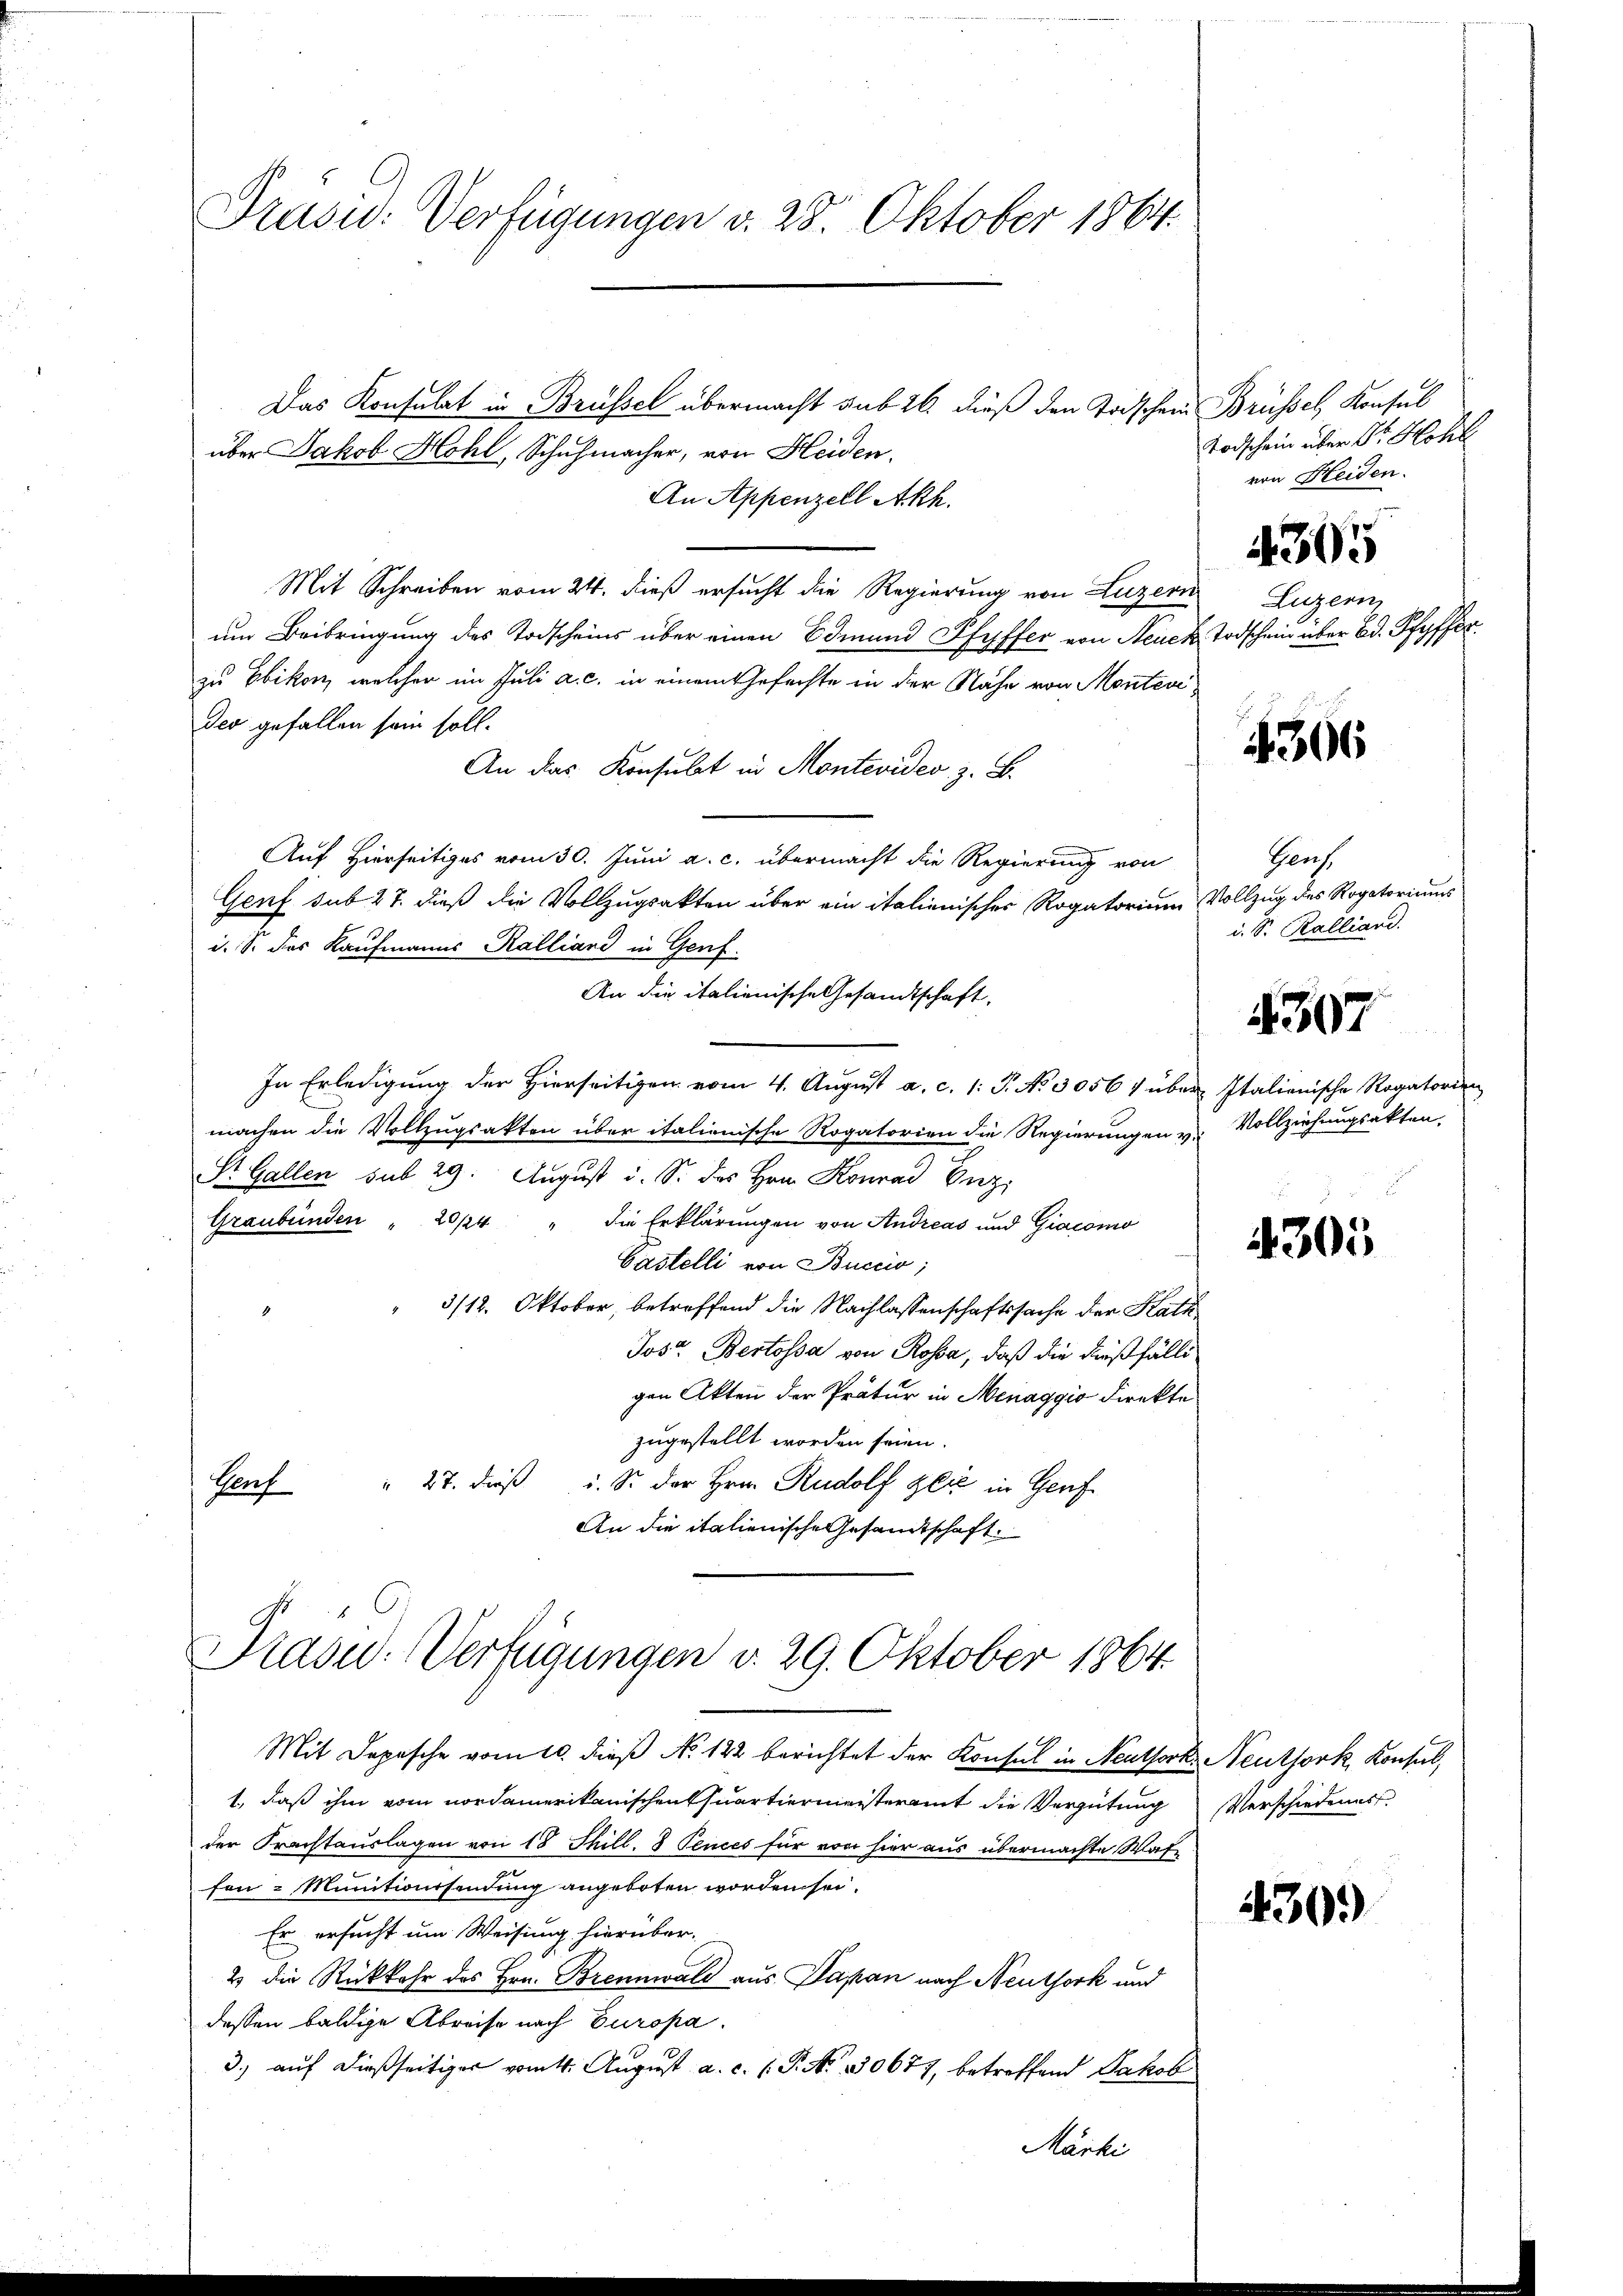
Prüsid: Verfügungen d. 28. Oktober 1864.

Das Konsulat in Brüssel übermacht sub 26. dieß den Todschein
über Jakob Hohl, Schuhmacher, von Heiden.
An Appenzell Akh.
Mit Schreiben vom 24. dieß ersucht die Regierung von Luzern Luzern
um Beibringung des Todscheins über einen Edmund Pfyffer von Neuen Todschein über Bd. Pfyffer
zu Ebikon, welcher im Juli a. c. in einem Gefechte in der Nähe von Montevides gefallen sein soll.
An das Konsulat in Montevideo z. B.
Auf Hierseitiges vom 30. Juni a. c. übermacht die Regierung von
Genf sub 27. dieß die Vollzugsakten über ein italienisches Rogatorium Vollzug des Rogatoriums
i. S. das Kaufmanns Kalliand in Genf.
An die italienische Gesandtschaft,
In Erledigung der Hierseitigen vom 4. August a. c. 1: P. No 3056 1 über Italienische Rogatorien
machen die Vollzugsakten über italienische Rogatorien die Regierungen u. Vollziehungsakten,
St. Gallen sub 29. August u. S. des Hrn. Konrad Erzi
Graubünden " 20/4 " die Erklärungen von Andreas und Giacomo
Castelli von Buccio;
3/12. Oktober, betreffend die Nachlassenschaftssache der Kath
Joso Bertossa von Rosa, daß die dießfälli
gen Akten der Prätur in Menaggio direkte
zugestellt worden seien.
Genf " 27. dieß u. So der Hrn. Rudolf Zeit in Genf
An die italienische Gesandtschaft.
Prased-Verfügungen d. 29. Oktober 1864.

Mit Depesche vom 10. dieß No. 122 berichtet der Konsul in Neuthork Neuthork, Konsul,
1., daß ihm vom nordamerikanischen Quartiermeisteramt die Vergütung Verschiedener
der Frachtauslagen von 18 Thill. 8 Pences für von hier aus übermachte Waf
fon : Munitionsendung angeboten worden sei.
Er ersucht um Weisung hierüber-
2 die Rückkehr des Hrn. Brennwald aus Papan nach Neutfork und
dessen baldige Abreise nach Europa.
3.) auf dießseitiger vom 4. August a. c. (T. No. 30677, betreffend Jakob
Märki

Brüssel, Konsul
Vorschein über Dr. Hohl
von Heiden.
4305

4306

Genf.
i. S. Kalliand.

1397

4305

430.